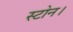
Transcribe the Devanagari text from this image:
स्टोन।